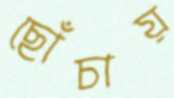
ছোঁচায়